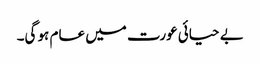
بے حیائی عورت میں عام ہو گی۔